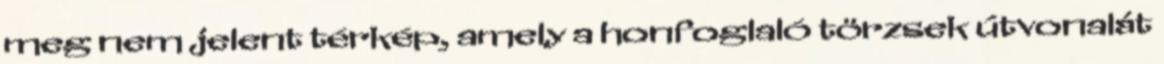
meg nem jelent térkép, amely a honfoglaló törzsek útvonalát